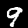
Digit: 9